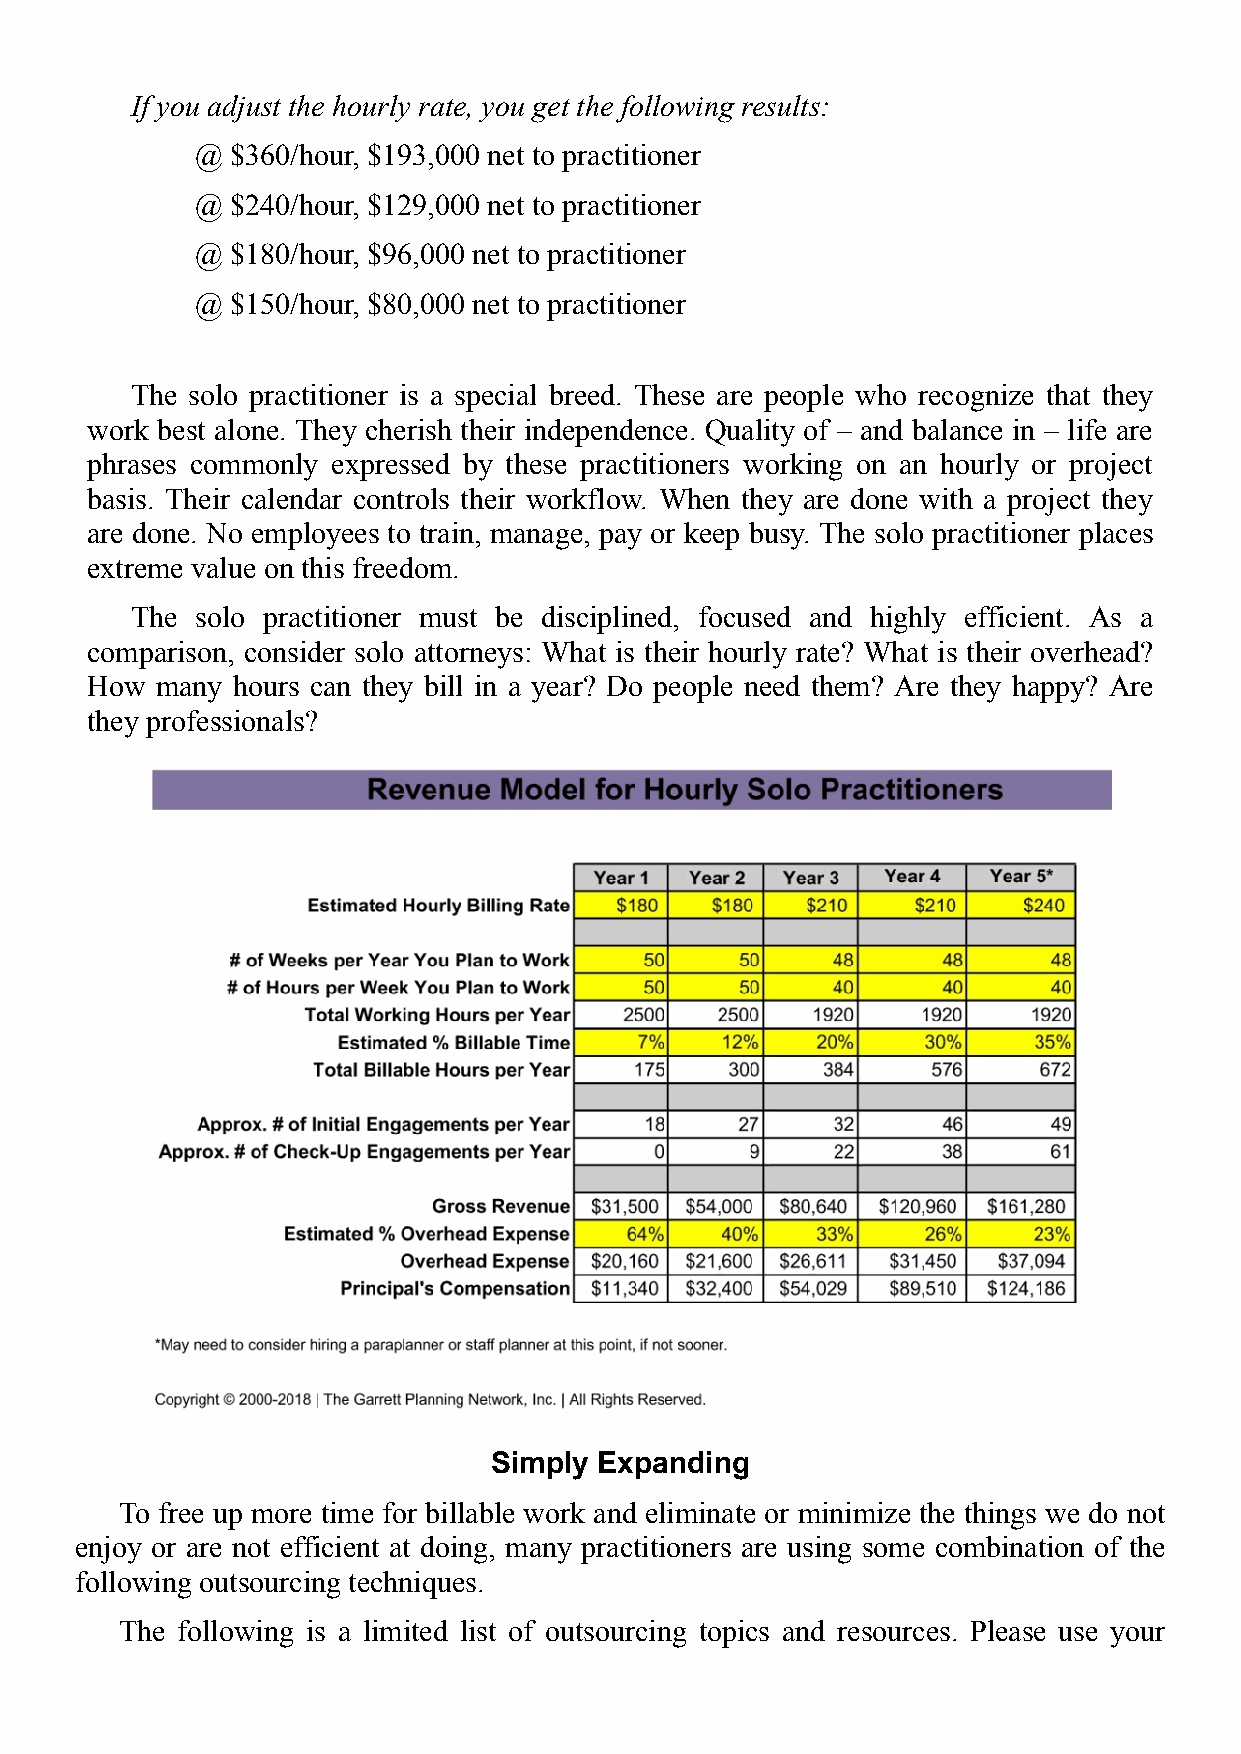
If you adjust the hourly rate, you get the following results:
 @ $360/hour, $193,000 net to practitioner
 @ $240/hour, $129,000 net to practitioner
 @ $180/hour, $96,000 net to practitioner
 @ $150/hour, $80,000 net to practitioner
 The solo practitioner is a special breed. These are people who recognize that they
 work best alone. They cherish their independence. Quality of – and balance in – life are
 phrases commonly expressed by these practitioners working on an hourly or project
 basis. Their calendar controls their workflow. When they are done with a project they
 are done. No employees to train, manage, pay or keep busy. The solo practitioner places
 extreme value on this freedom.
 The solo practitioner must be disciplined, focused and highly efficient. As a
 comparison, consider solo attorneys: What is their hourly rate? What is their overhead?
 How many hours can they bill in a year? Do people need them? Are they happy? Are
 they professionals?
 Simply  Expanding
 To free up more time for billable work and eliminate or minimize the things we do not
 enjoy or are not efficient at doing, many practitioners are using some combination of the
 following outsourcing techniques.
 The following is a limited list of outsourcing topics and resources. Please use your